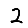
Digit: 2